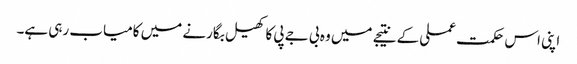
اپنی اس حکمت عملی کے نتیجے میں وہ بی جے پی کا کھیل بگارنے میں کامیاب رہی ہے۔